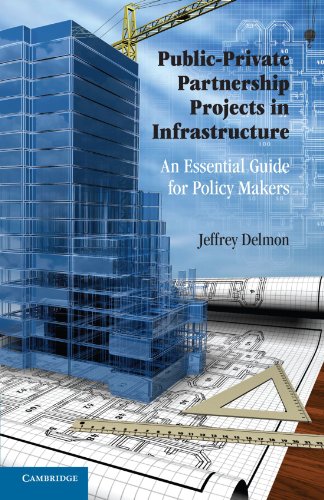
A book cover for Public-Private Partnership Projects in Infrastructure: An Essential Guide for Policy Makers; Jeffrey Delmon; Business & Money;